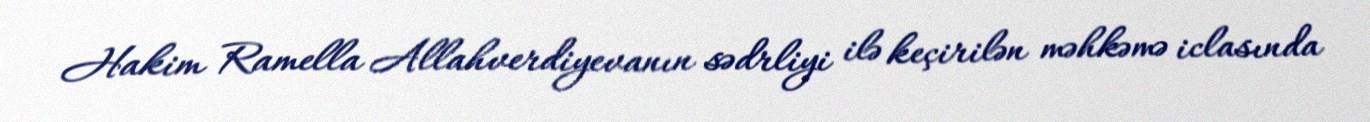
Hakim Ramella Allahverdiyevanın sədrliyi ilə keçirilən məhkəmə iclasında